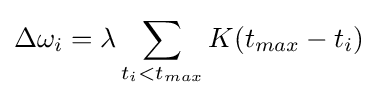
\Delta \omega _{i}=\lambda \sum _{t_{i}<t_{max}}K(t_{max}-t_{i})